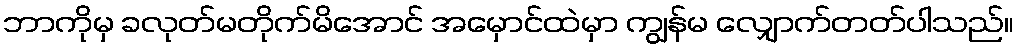
ဘာကိုမှ ခလုတ်မတိုက်မိအောင် အမှောင်ထဲမှာ ကျွန်မ လျှောက်တတ်ပါသည်။